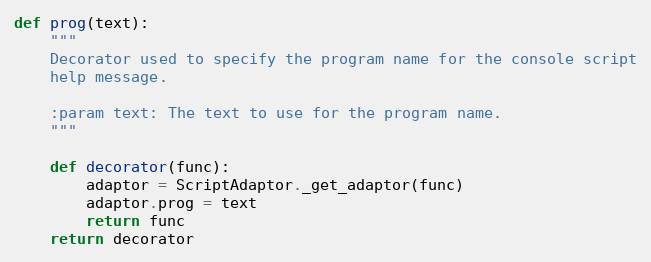
Language: Python
def prog(text):
    """
    Decorator used to specify the program name for the console script
    help message.

    :param text: The text to use for the program name.
    """

    def decorator(func):
        adaptor = ScriptAdaptor._get_adaptor(func)
        adaptor.prog = text
        return func
    return decorator